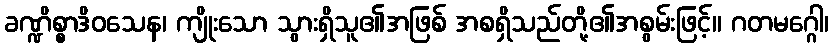
ခဏ္ဍိစ္စာဒိဝသေန၊ ကျိုးသော သွားရှိသူ၏အဖြစ် အစရှိသည်တို့၏အစွမ်းဖြင့်။ ဂတမဂ္ဂေါ၊